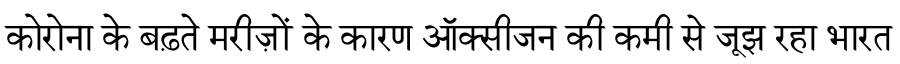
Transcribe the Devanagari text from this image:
कोरोना के बढ़ते मरीज़ों के कारण ऑक्सीजन की कमी से जूझ रहा भारत